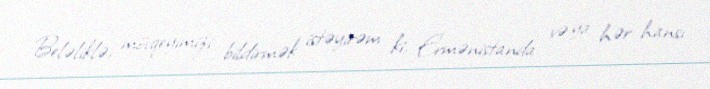
Beləliklə, mövqeyimizi bildirmək istəyirəm ki, Ermənistanda və ya hər hansı